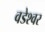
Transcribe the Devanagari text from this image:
वडेश्वर